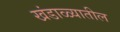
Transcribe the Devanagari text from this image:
खंडाळ्यातील